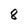
Character: 8